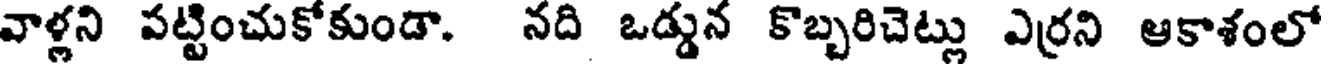
వాళ్లని పట్టించుకోకుండా. నది ఒడ్డున కొబ్బరిచెట్లు ఎర్రని ఆకాశంలో